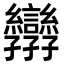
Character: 𭓝